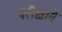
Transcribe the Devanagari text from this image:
परीक्षाये